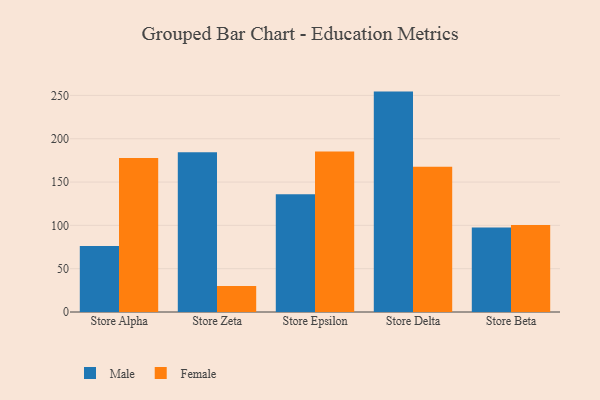
{"axis": {"x": "Store", "y": "Tickets Resolved"}, "legend": ["Female", "Male"], "data": [{"x": "Store Alpha", "y": 76.1, "type": "Male"}, {"x": "Store Alpha", "y": 177.9, "type": "Female"}, {"x": "Store Zeta", "y": 184.3, "type": "Male"}, {"x": "Store Zeta", "y": 30.1, "type": "Female"}, {"x": "Store Epsilon", "y": 136.0, "type": "Male"}, {"x": "Store Epsilon", "y": 185.3, "type": "Female"}, {"x": "Store Delta", "y": 254.4, "type": "Male"}, {"x": "Store Delta", "y": 167.7, "type": "Female"}, {"x": "Store Beta", "y": 97.4, "type": "Male"}, {"x": "Store Beta", "y": 100.3, "type": "Female"}]}